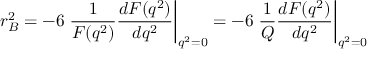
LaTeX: r _ { B } ^ { 2 } = - 6 \left. \frac { 1 } { F ( q ^ { 2 } ) } \frac { d F ( q ^ { 2 } ) } { d q ^ { 2 } } \right| _ { q ^ { 2 } = 0 } = - 6 \left. \frac { 1 } { Q } \frac { d F ( q ^ { 2 } ) } { d q ^ { 2 } } \right| _ { q ^ { 2 } = 0 }